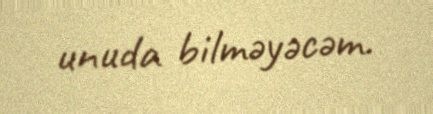
unuda bilməyəcəm.